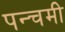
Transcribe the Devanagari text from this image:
पन्चमी